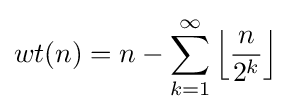
wt(n)=n-\sum _{k=1}^{\infty }\left\lfloor {\frac {n}{2^{k}}}\right\rfloor